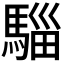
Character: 𮪌